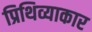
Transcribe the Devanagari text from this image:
प्रिथिव्याकार